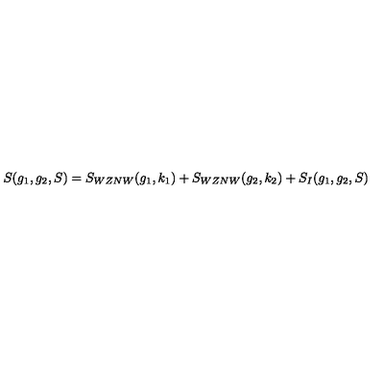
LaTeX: S ( g _ { 1 } , g _ { 2 } , S ) = S _ { W Z N W } ( g _ { 1 } , k _ { 1 } ) + S _ { W Z N W } ( g _ { 2 } , k _ { 2 } ) + S _ { I } ( g _ { 1 } , g _ { 2 } , S )